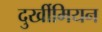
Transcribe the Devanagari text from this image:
दुर्खीमियन